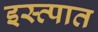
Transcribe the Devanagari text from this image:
इस्त्पात